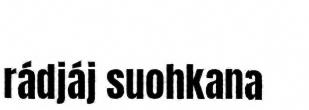
rádjáj suohkana